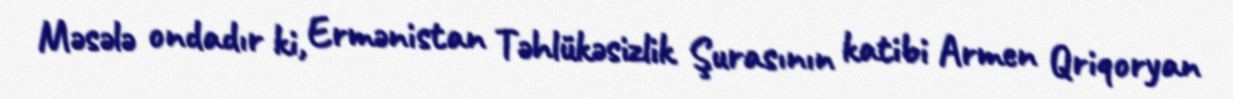
Məsələ ondadır ki, Ermənistan Təhlükəsizlik Şurasının katibi Armen Qriqoryan